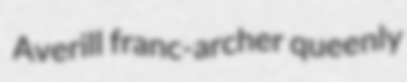
Averill franc-archer queenly